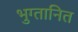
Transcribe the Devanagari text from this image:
भुग्तानित